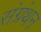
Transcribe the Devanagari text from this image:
संग्रंथन